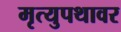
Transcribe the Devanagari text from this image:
मृत्युपथावर